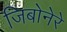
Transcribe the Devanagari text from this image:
जिबोनेरे